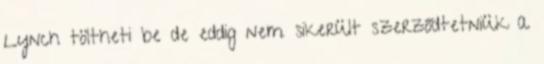
Lynch töltheti be de eddig nem sikerült szerződtetniük a